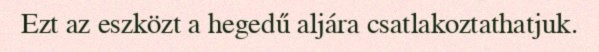
Ezt az eszközt a hegedű aljára csatlakoztathatjuk.